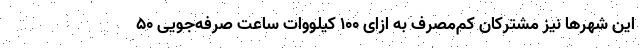
این شهرها نیز مشترکان کم‌مصرف به ازای ۱۰۰ کیلووات ساعت صرفه‌جویی ۵۰